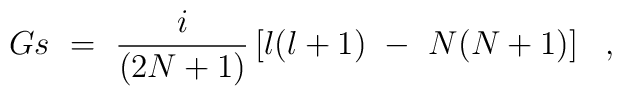
Gs~=~{i \over (2N+1) } \left[ l(l+1)~-~N (N+1) \right] ~~,